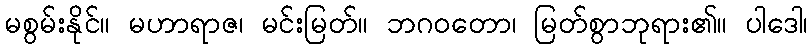
မစွမ်းနိုင်။ မဟာရာဇ၊ မင်းမြတ်။ ဘဂဝတော၊ မြတ်စွာဘုရား၏။ ပါဒေါ၊